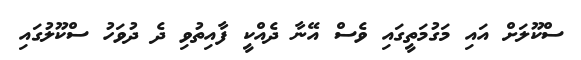
ސްކޫލަށް އައި މަގުމަތީގައި ވެސް އޭނާ ދެއްކީ ފާއިތުވި ދެ ދުވަހު ސްކޫލުގައި